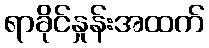
ရာခိုင်နှုန်းအထက်